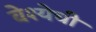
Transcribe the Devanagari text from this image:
वेश्येची